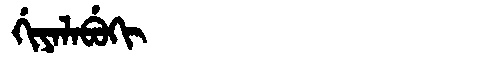
Manchu: ᡤᡳᠶᠠᠯᠠᠪᡠᡴᡳ
Romanization: GIYALABUKI